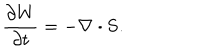
\frac { \partial W } { \partial t } = - \nabla \cdot { \bf S } .